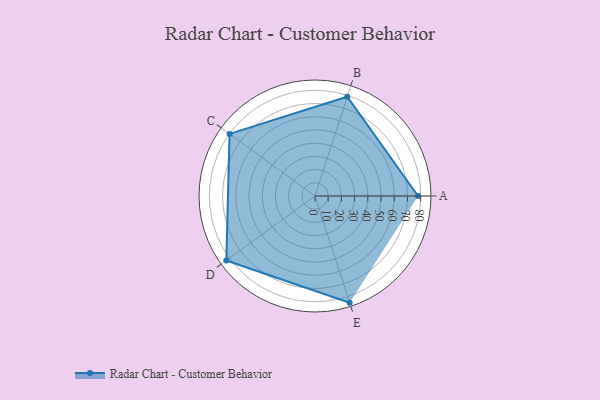
{"axis": {"x": "Skill", "y": "Score"}, "legend": ["Profile"], "data": [{"x": "A", "y": 78.0, "type": "Profile"}, {"x": "B", "y": 79.0, "type": "Profile"}, {"x": "C", "y": 80.0, "type": "Profile"}, {"x": "D", "y": 83.0, "type": "Profile"}, {"x": "E", "y": 85.0, "type": "Profile"}]}